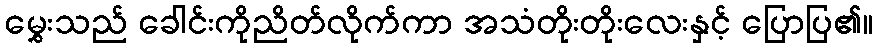
မွှေးသည် ခေါင်းကိုညိတ်လိုက်ကာ အသံတိုးတိုးလေးနှင့် ပြောပြ၏။